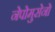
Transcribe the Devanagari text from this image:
नेपोमुसेनो